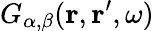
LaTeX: G_{\alpha,\beta}(\mathbf{r},\mathbf{r}^{\prime},\omega)